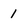
Character: 1